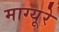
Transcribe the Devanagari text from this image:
माग्यूरे